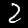
Label: 2